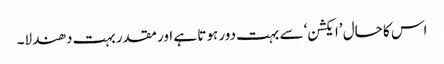
اس کا حال ’ایکشن‘ سے بہت دور ہوتا ہے اور مقدر بہت دھندلا۔